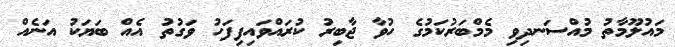
މައުލޫމާތު މުއްސަނދިވި މެމްބަރުކަމުގެ ހުވާ ޖާބިރު ކުރައްވައިފިފަހު ވަގުތު އެއް ބަޔަކު އަނެއް